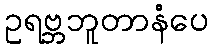
ဥရဗ္ဘဘူတာနံပေ